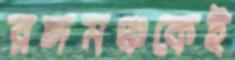
রঙ্গমঞ্চকেই